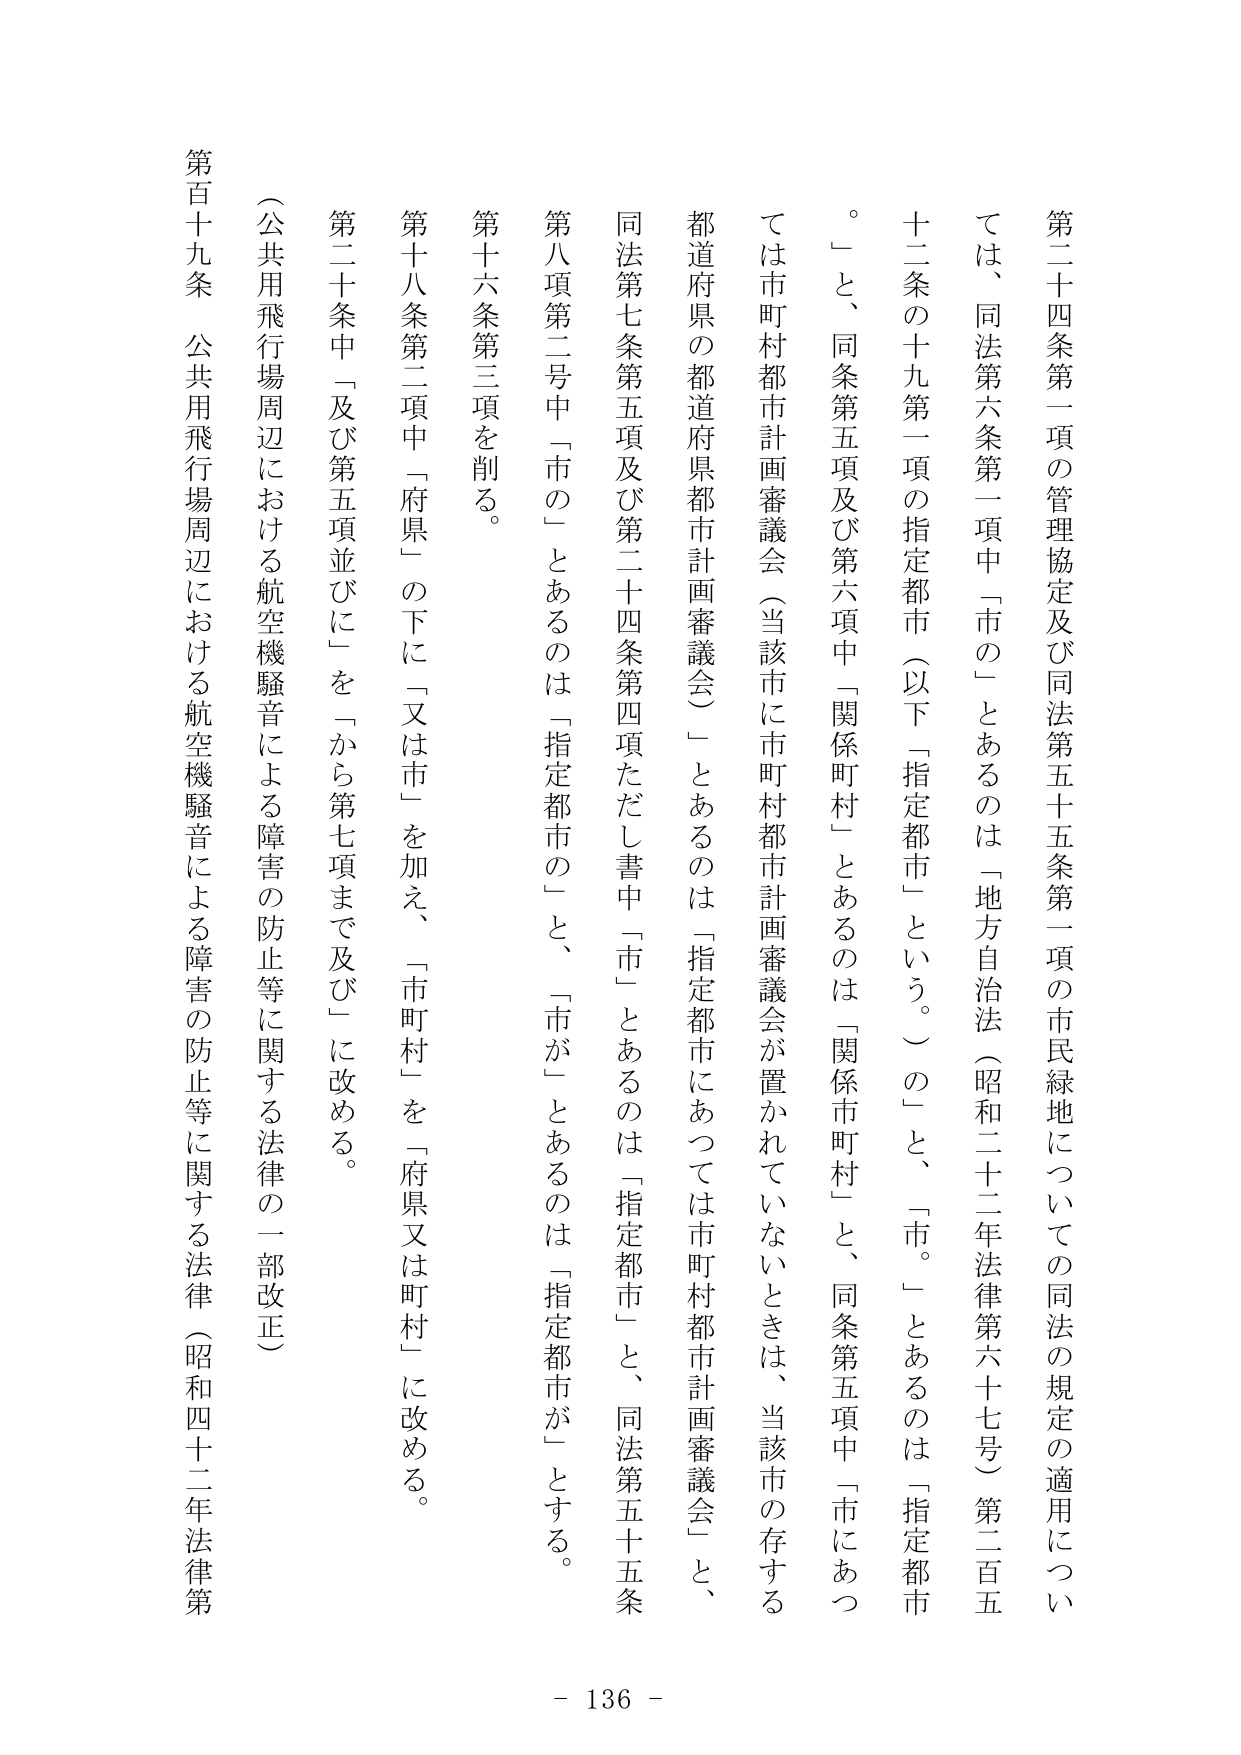
第二十四条第一項の管理協定及び同法第五十五条第一項の市民緑地についての同法の規定の適用については、同法第六条第一項中「市の」とあるのは「地方自治法（昭和二十二年法律第六十七号）第二百五十二条の十九第一項の指定都市（以下「指定都市」という。）の」と、「市。」とあるのは「指定都市。」と、同条第五項及び第六項中「関係町村」とあるのは「関係市町村」と、同条第五項中「市にあつては市町村都市計画審議会（当該市に市町村都市計画審議会が置かれていないときは、当該市の存する都道府県の都道府県都市計画審議会）」とあるのは「指定都市にあつては市町村都市計画審議会」と、同法第七条第五項及び第二十四条第四項ただし書中「市」とあるのは「指定都市」と、同法第五十五条第八項第二号中「市の」とあるのは「指定都市の」と、「市が」とあるのは「指定都市が」とする。

第十六条第三項を削る。

第十八条第二項中「府県」の下に「又は市」を加え、「市町村」を「府県又は町村」に改める。

第二十条中「及び第五項並びに」を「から第七項まで及び」に改める。

（公共用飛行場周辺における航空機騒音による障害の防止等に関する法律の一部改正）

第百十九条 公共用飛行場周辺における航空機騒音による障害の防止等に関する法律（昭和四十二年法律第

- 136 -